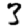
Digit: 3